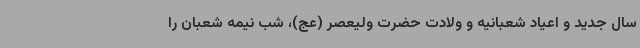
سال جدید و اعیاد شعبانیه و ولادت حضرت ولیعصر (عج)، شب نیمه شعبان را